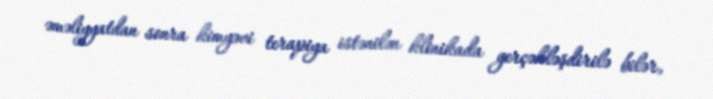
əməliyyatdan sonra kimyəvi terapiya istənilən klinikada gerçəkləşdirilə bilər,